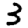
Digit: 3